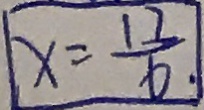
x = \frac { 1 7 } { 6 }